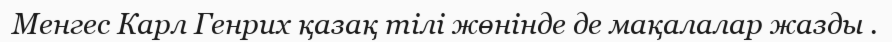
Менгес Карл Генрих қазақ тілі жөнінде де мақалалар жазды .